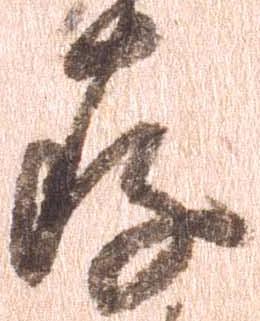
存